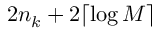
2 n _ { k } + 2 \lceil \log M \rceil